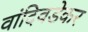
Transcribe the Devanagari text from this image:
वांदिवडेकर